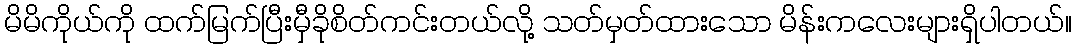
မိမိကိုယ်ကို ထက်မြက်ပြီးမှီခိုစိတ်ကင်းတယ်လို့ သတ်မှတ်ထားသော မိန်းကလေးများရှိပါတယ်။